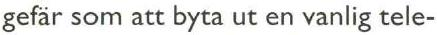
gefär som att byta ut en vanlig tele-